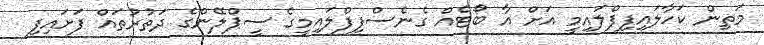
މަތިން ކަހާލައިފިފްލައިމީ އަށް އާ ބޯޓެއް ގެނެސްފިފްލައިމީގެ ސީޕްލޭންގެ ދަތުރުތައް ފަށައިފި